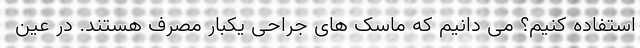
استفاده کنیم؟ می دانیم که ماسک های جراحی یکبار مصرف هستند. در عین